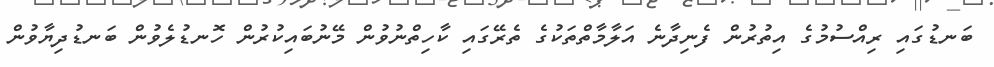
ބަނޑުގައި ރިއްސުމުގެ އިތުރުން ފެނިދާނެ އަލާމާތްތަކުގެ ތެރޭގައި ކާހިތްނުވުން މޭނުބައިކުރުން ހޮނޑުލެވުން ބަނޑުދިޔާވުން